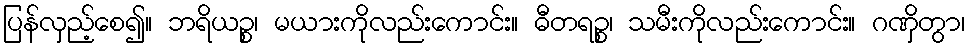
ပြန်လှည့်စေ၍။ ဘရိယဉ္စ၊ မယားကိုလည်းကောင်း။ ဓီတရဉ္စ၊ သမီးကိုလည်းကောင်း။ ဂဏှိတွာ၊